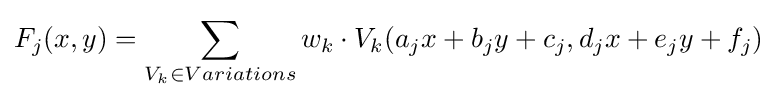
F_{j}(x,y)=\sum _{V_{k}\in Variations}w_{k}\cdot V_{k}(a_{j}x+b_{j}y+c_{j},d_{j}x+e_{j}y+f_{j})